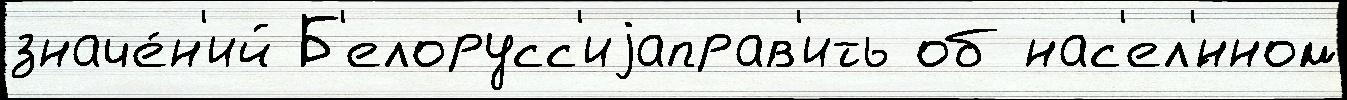
значе́н'ий Б'елорусс'иjаправ'ить об нас'ел'́нном